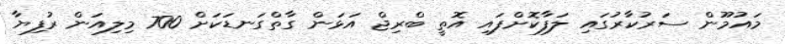
މައުމޫން ސަރުކާރުގައި ލަފާކޮށްފައި އޮތީ ބްރިޖް އަޅަން ގާތްގަނޑަކަށް 700 މިލިއަން ރުފިޔާ